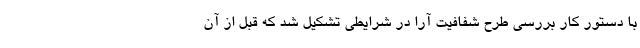
با دستور کار بررسی طرح شفافیت آرا در شرایطی تشکیل شد که قبل از آن